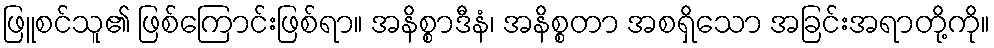
ဖြူစင်သူ၏ ဖြစ်ကြောင်းဖြစ်ရာ။ အနိစ္စာဒီနံ၊ အနိစ္စတာ အစရှိသော အခြင်းအရာတို့ကို။